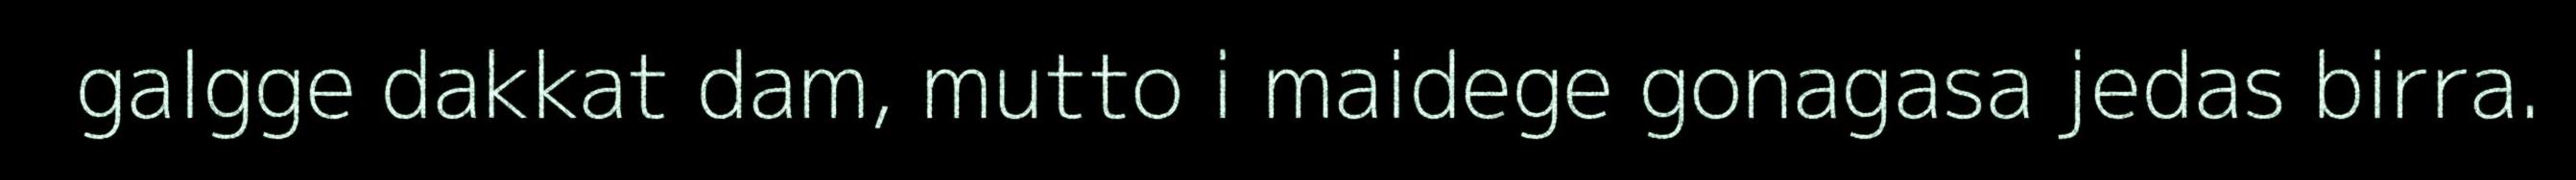
galgge dakkat dam, mutto i maidege gonagasa jedas birra.